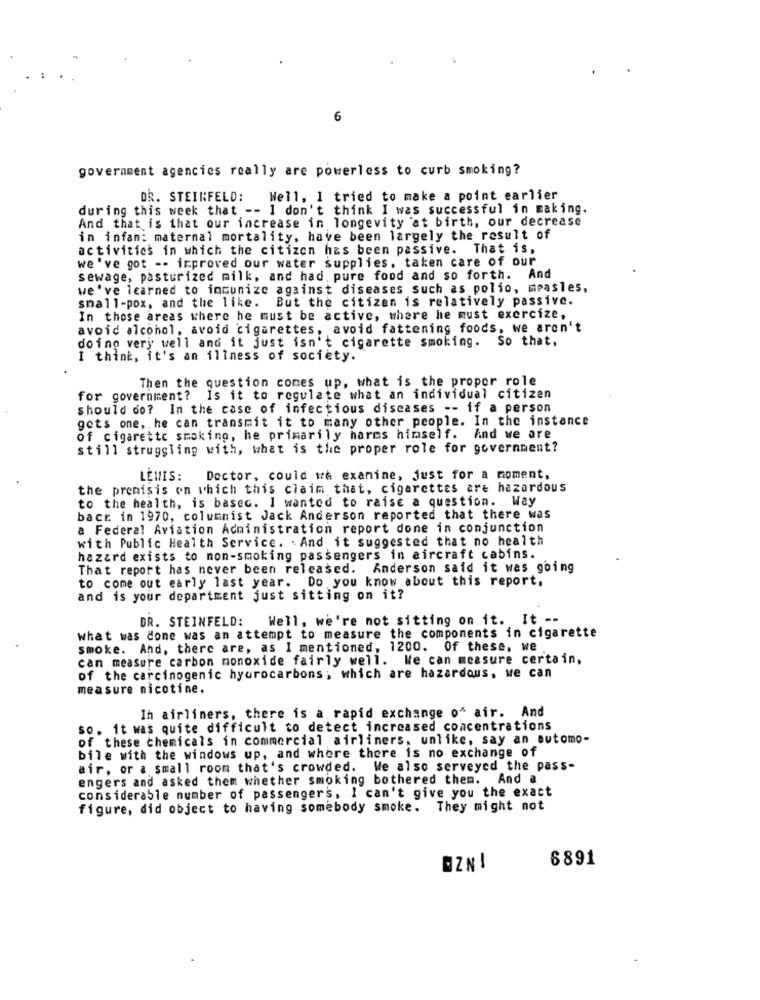
government agencies really are powerless to curb smoking?
DR. STEINFELD: Well, 1 tried to make a point earlier
during this week that -- I don't think I was successful in making.
And that is that our increase in longevity at birth, our decrease
in infan: maternal mortality, have been largely the result of
activities in which the citizen has been passive. That is,
we've got -- improved our water supplies, taken care of our
sewage, pasturized milk, and had. pure food and so forth. And
we've learned to immunize against diseases such as polio, measles,
small-pox, and the like. But the citizen is relatively passive.
In those areas where he must be active, where he must exercize,
avoid alcohol, avoid cigarettes, avoid fattening foods, we aren't
doing very well and it just isn't cigarette smoking. So that,
I think, it's an illness of society.
Then the question comes up, what is the propor role
for government? Is it to regulate what an individual citizen
should do? In the case of infectious diseases -- if a person
gets one, he can transmit it to many other people. In the instance
of cigarette smoking, he primarily harms himself. And we are
still struggling with, what is the proper role for government?
LEWIS:
Doctor, could we examine, just for a moment,
the premisis on which this claim that, cigarettes are hazardous
to the health, is based. I wanted to raise a question. Way
bact in 1970, columnist Jack Anderson reported that there was
a Federal Aviation Administration report done in conjunction
with Public Health Service. . And it suggested that no health
hazard exists to non-smoking passengers in aircraft cabins.
That report has never been released. Anderson said it was going
to come out early last year. Do you know about this report,
and is your department just sitting on it?
DR. STEINFELD: Well, we're not sitting on it. It --
what was done was an attempt to measure the components in cigarette
smoke. And, there are, as I mentioned, 1200. Of these, we
can measure carbon monoxide fairly well. We can measure certain,
of the carcinogenic hydrocarbons; which are hazardous, we can
measure nicotine.
In airliners, there is a rapid exchange o" air. And
so. it was quite difficult to detect increased concentrations
of these chemicals in commercial airliners, unlike, say an automo-
bile with the windows up, and where there is no exchange of
air, or a small room that's crowded. We also serveyed the pass-
engers and asked them whether smoking bothered them. And a
considerable number of passengers, I can't give you the exact
figure, did object to having somebody smoke. They might not
6891
BZN!